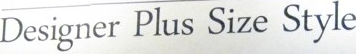
Designer Plus Size Style